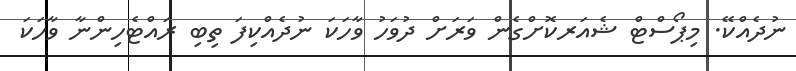
ނުދެއްކޭ. މިޕޯސްޓް ޝެއަރކޮށްގެން ވަރަށް ދުވަހު ވާހަކަ ނުދެއްކިފަ ތިބި ރައްޓެހިންނާ ވާހަކަ